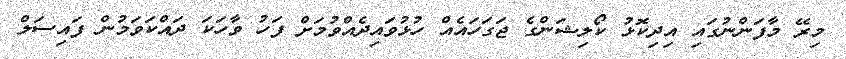
މިރޭ މާފަންނުގައި އިދިކޮޅު ކޯލިޝަންގެ ޖަގަހައެއް ހުޅުވައިދެއްވުމަށް ފަހު ވާހަކަ ދައްކަވަމުން ފައިސަލް